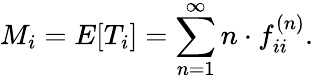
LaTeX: M_{i}=E[T_{i}]=\sum_{n=1}^{\infty}n\cdot f_{ii}^{(n)}.